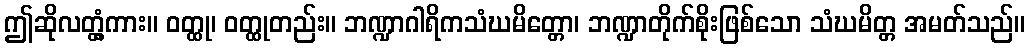
ဤဆိုလတ္တံ့ကား။ ဝတ္ထု၊ ဝတ္ထုတည်း။ ဘဏ္ဍာဂါရိကသံဃမိတ္တော၊ ဘဏ္ဍာတိုက်စိုးဖြစ်သော သံဃမိတ္တ အမတ်သည်။